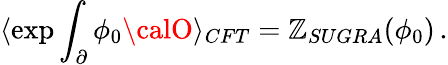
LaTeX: \langle\exp\int_{\partial}\phi_{0}{\calO}\rangle_{CFT}=\mathbb{Z}_{SUGRA}(\phi_{0})\, .